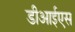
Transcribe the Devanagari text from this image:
डीआईएस